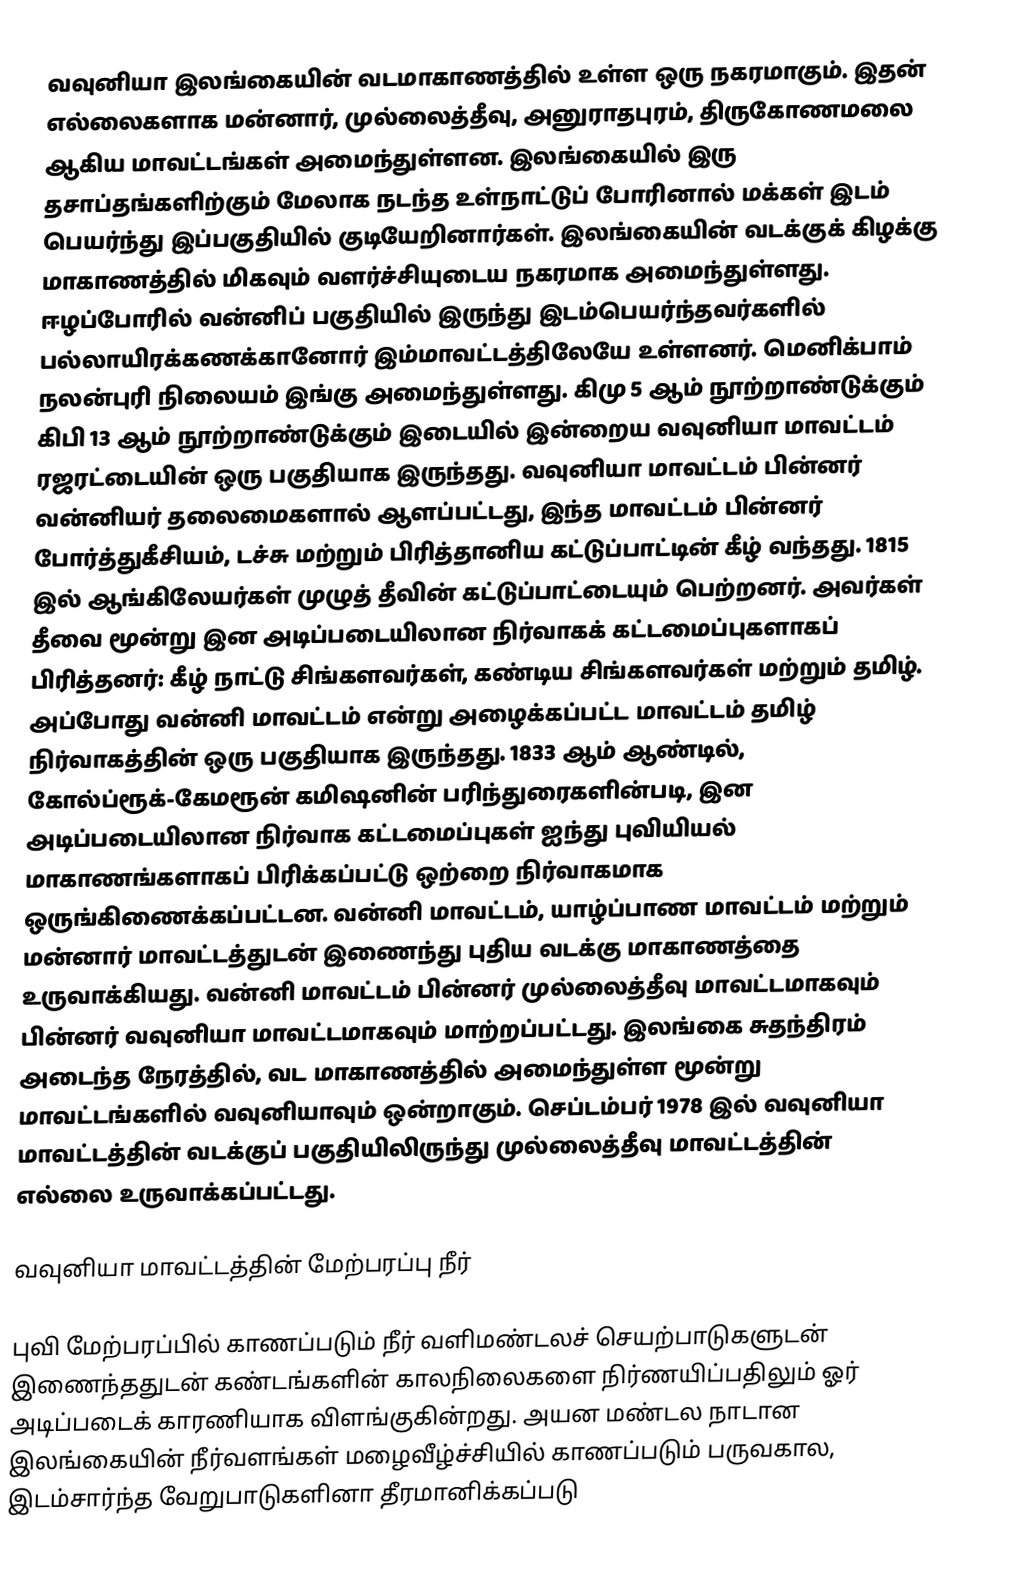
வவுனியா இலங்கையின் வடமாகாணத்தில் உள்ள ஒரு நகரமாகும்.  இதன் எல்லைகளாக மன்னார், முல்லைத்தீவு, அனுராதபுரம், திருகோணமலை ஆகிய மாவட்டங்கள் அமைந்துள்ளன. இலங்கையில் இரு தசாப்தங்களிற்கும் மேலாக நடந்த உள்நாட்டுப் போரினால் மக்கள் இடம் பெயர்ந்து இப்பகுதியில் குடியேறினார்கள். இலங்கையின் வடக்குக் கிழக்கு மாகாணத்தில் மிகவும் வளர்ச்சியுடைய  நகரமாக அமைந்துள்ளது. ஈழப்போரில் வன்னிப் பகுதியில் இருந்து இடம்பெயர்ந்தவர்களில் பல்லாயிரக்கணக்கானோர் இம்மாவட்டத்திலேயே உள்ளனர். மெனிக்பாம் நலன்புரி நிலையம் இங்கு அமைந்துள்ளது. கிமு 5 ஆம் நூற்றாண்டுக்கும் கிபி 13 ஆம் நூற்றாண்டுக்கும் இடையில் இன்றைய வவுனியா மாவட்டம் ரஜரட்டையின் ஒரு பகுதியாக இருந்தது. வவுனியா மாவட்டம் பின்னர் வன்னியர் தலைமைகளால் ஆளப்பட்டது,   இந்த மாவட்டம் பின்னர் போர்த்துகீசியம், டச்சு மற்றும் பிரித்தானிய கட்டுப்பாட்டின் கீழ் வந்தது. 1815 இல் ஆங்கிலேயர்கள் முழுத் தீவின் கட்டுப்பாட்டையும் பெற்றனர். அவர்கள் தீவை மூன்று இன அடிப்படையிலான நிர்வாகக் கட்டமைப்புகளாகப் பிரித்தனர்: கீழ் நாட்டு சிங்களவர்கள், கண்டிய சிங்களவர்கள் மற்றும் தமிழ். அப்போது வன்னி மாவட்டம் என்று அழைக்கப்பட்ட மாவட்டம் தமிழ் நிர்வாகத்தின் ஒரு பகுதியாக இருந்தது. 1833 ஆம் ஆண்டில், கோல்ப்ரூக்-கேமரூன் கமிஷனின் பரிந்துரைகளின்படி, இன அடிப்படையிலான நிர்வாக கட்டமைப்புகள் ஐந்து புவியியல் மாகாணங்களாகப் பிரிக்கப்பட்டு ஒற்றை நிர்வாகமாக ஒருங்கிணைக்கப்பட்டன.  வன்னி மாவட்டம், யாழ்ப்பாண மாவட்டம் மற்றும் மன்னார் மாவட்டத்துடன் இணைந்து புதிய வடக்கு மாகாணத்தை உருவாக்கியது. வன்னி மாவட்டம் பின்னர் முல்லைத்தீவு மாவட்டமாகவும் பின்னர் வவுனியா மாவட்டமாகவும் மாற்றப்பட்டது. இலங்கை சுதந்திரம் அடைந்த நேரத்தில், வட மாகாணத்தில் அமைந்துள்ள மூன்று மாவட்டங்களில் வவுனியாவும் ஒன்றாகும். செப்டம்பர் 1978 இல் வவுனியா மாவட்டத்தின் வடக்குப் பகுதியிலிருந்து முல்லைத்தீவு  மாவட்டத்தின் எல்லை உருவாக்கப்பட்டது.

வவுனியா மாவட்டத்தின் மேற்பரப்பு நீர்

	புவி மேற்பரப்பில் காணப்படும் நீர் வளிமண்டலச் செயற்பாடுகளுடன் இணைந்ததுடன் கண்டங்களின் காலநிலைகளை நிர்ணயிப்பதிலும் ஓர் அடிப்படைக் காரணியாக விளங்குகின்றது. அயன மண்டல நாடான இலங்கையின் நீர்வளங்கள் மழைவீழ்ச்சியில் காணப்படும் பருவகால, இடம்சார்ந்த வேறுபாடுகளினா தீரமானிக்கப்படு